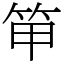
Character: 笚